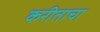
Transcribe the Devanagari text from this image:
करीताचा